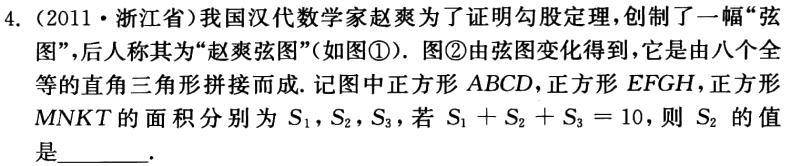
4.（2011·浙江省）我国汉代数学家赵爽为了证明勾股定理，创制了一幅“弦图”，后人称其为“赵爽弦图”（如图\textcircled{1}）. 图\textcircled{2}由弦图变化得到，它是由八个全等的直角三角形拼接而成. 记图中正方形 \(ABCD\)，正方形 \(EFGH\)，正方形 \(MNKT\)的面积分别为 \(S_{1}\)，\(S_{2}\)，\(S_{3}\)，若 \(S_{1}+S_{2}+S_{3}=10\)，则 \(S_{2}\) 的值是________.